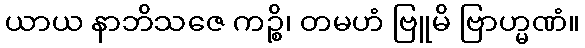
ယာယ နာဘိသဇေ ကဉ္စိ၊ တမဟံ ဗြူမိ ဗြာဟ္မဏံ။